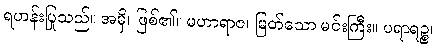
ရဟန်းပြုသည်။ အမှိ၊ ဖြစ်၏။ မဟာရာဇ၊ မြတ်သော မင်းကြီး။ ပရာရဉ္စ၊